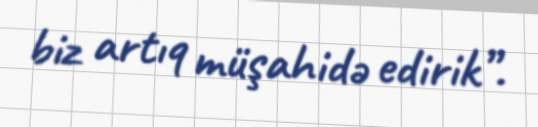
biz artıq müşahidə edirik”.